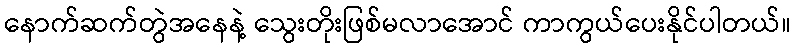
နောက်ဆက်တွဲအနေနဲ့ သွေးတိုးဖြစ်မလာအောင် ကာကွယ်ပေးနိုင်ပါတယ်။